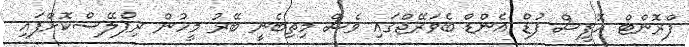
ފްރޮންޓް އޮފީސް ފުޑް އެންޑް ބެވަރޭޖްގައި ވެސް މިތިބެނީ ބޭރު މީހުން ރިޕްލޭސްކޮށްފައި